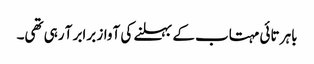
باہر تائی مہتاب کے بہلنے کی آواز برابر آ رہی تھی۔